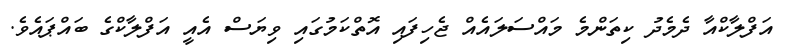
އަފްލާކްއާ ދެމެދު ކިތަންމެ މައްސަލައެއް ޖެހިފައި އޮތްކަމުގައި ވިޔަސް އެއީ އަފްލާކްގެ ބައްޕައެވެ.